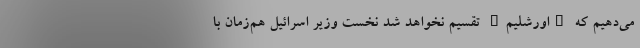
می‌دهیم که "اورشلیم" تقسیم نخواهد شد نخست وزیر اسرائیل هم‌زمان با